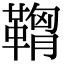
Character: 𩌠